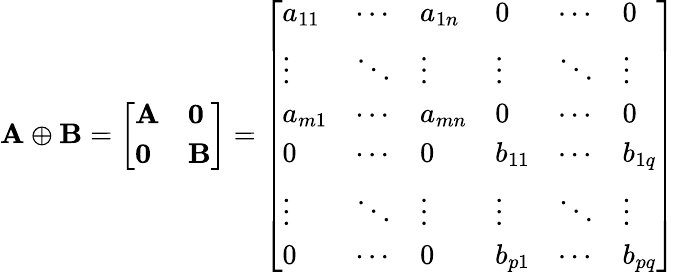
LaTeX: \mathbf{A}\oplus\mathbf{B}={\left[\begin{array}{ll}{\mathbf{A}}&{{\boldsymbol{0}}}\\ {{\boldsymbol{0}}}&{\mathbf{B}}\end{array}\right]}={\left[\begin{array}{llllll}{a_{11}}&{\cdots}&{a_{1n}}&{0}&{\cdots}&{0}\\ {\vdots}&{\ddots}&{\vdots}&{\vdots}&{\ddots}&{\vdots}\\ {a_{m1}}&{\cdots}&{a_{mn}}&{0}&{\cdots}&{0}\\ {0}&{\cdots}&{0}&{b_{11}}&{\cdots}&{b_{1q}}\\ {\vdots}&{\ddots}&{\vdots}&{\vdots}&{\ddots}&{\vdots}\\ {0}&{\cdots}&{0}&{b_{p1}}&{\cdots}&{b_{pq}}\end{array}\right]}